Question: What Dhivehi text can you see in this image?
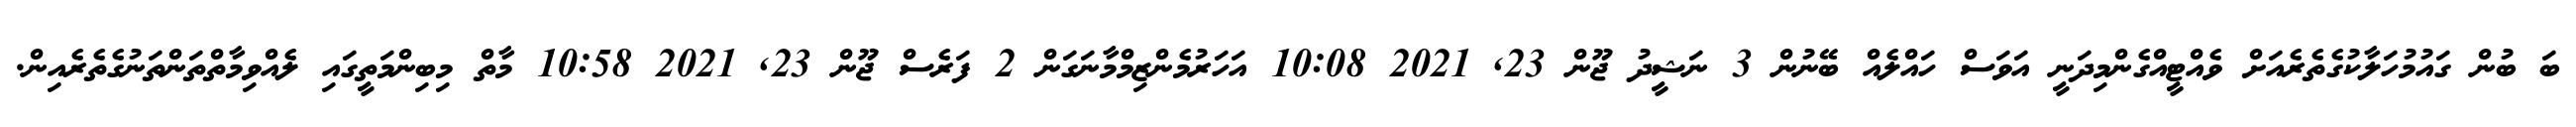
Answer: ބަ ބުން ގައުމުހަލާކުގެތެރެއަށް ވެއްޓީއްގެންމިދަނީ އަވަސް ހައްލެއް ބޭނުން 3 ނަޝީދު ޖޫން 23, 2021 10:08 އަހަރުމެންޒިމްމާނަގަން 2 ފަރެސް ޖޫން 23, 2021 10:58 މާތް މިބިންމަތީގައި ލެއްވިމާތްތަންތަނުގެތެރެއިން.